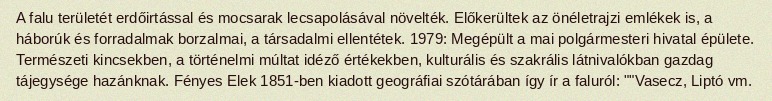
A falu területét erdőirtással és mocsarak lecsapolásával növelték. Előkerültek az önéletrajzi emlékek is, a háborúk és forradalmak borzalmai, a társadalmi ellentétek. 1979: Megépült a mai polgármesteri hivatal épülete. Természeti kincsekben, a történelmi múltat idéző értékekben, kulturális és szakrális látnivalókban gazdag tájegysége hazánknak. Fényes Elek 1851-ben kiadott geográfiai szótárában így ír a faluról: ""Vasecz, Liptó vm.